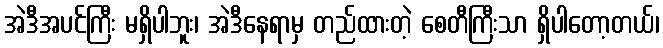
အဲဒီအပင်ကြီး မရှိပါဘူး၊ အဲဒီနေရာမှ တည်ထားတဲ့ စေတီကြီးသာ ရှိပါတော့တယ်၊